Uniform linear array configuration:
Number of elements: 48
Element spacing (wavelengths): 0.75
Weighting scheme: hann
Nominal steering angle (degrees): -45
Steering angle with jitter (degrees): -43.173
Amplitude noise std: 0.05
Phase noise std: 0.05

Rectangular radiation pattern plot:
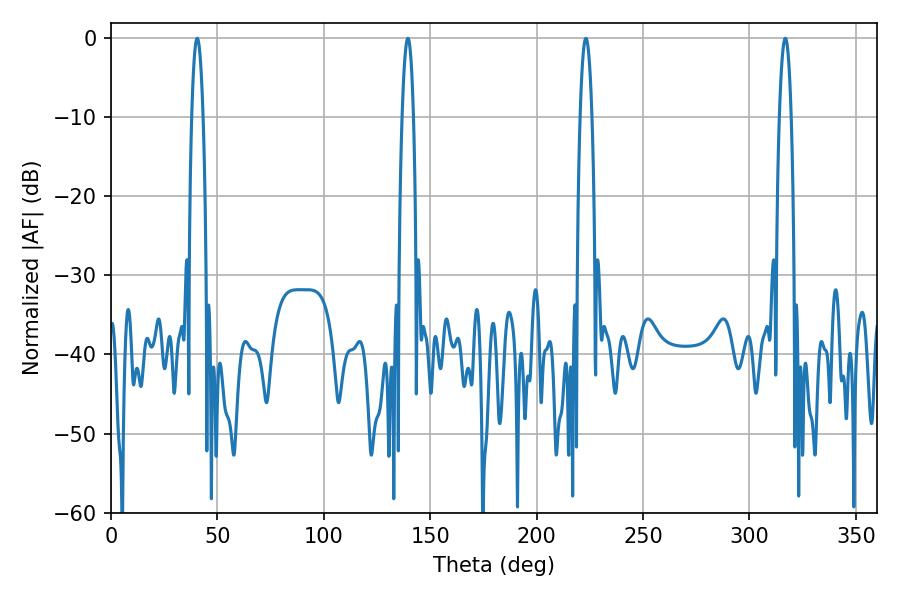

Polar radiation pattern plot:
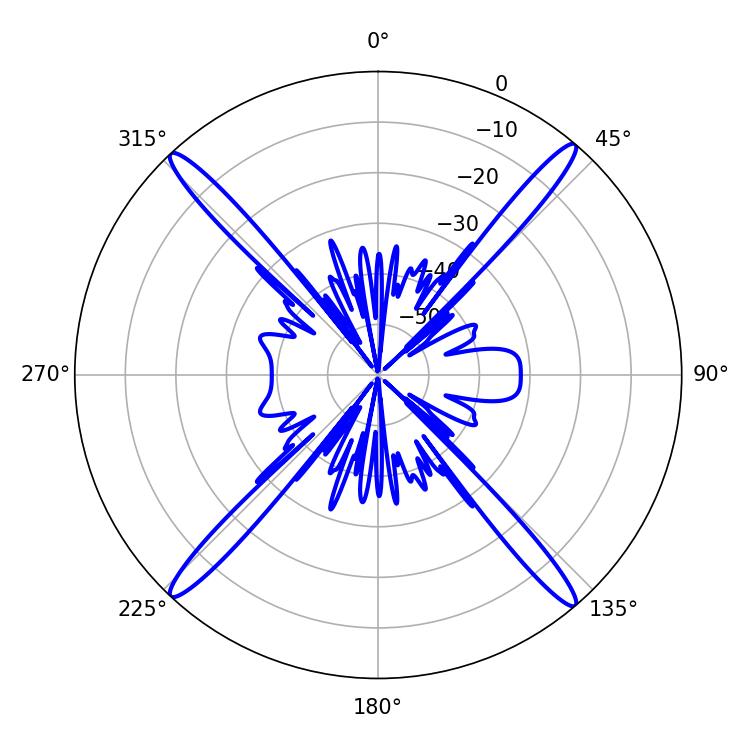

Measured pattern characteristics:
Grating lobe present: TRUE
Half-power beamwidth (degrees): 2.88
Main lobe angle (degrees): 40.5